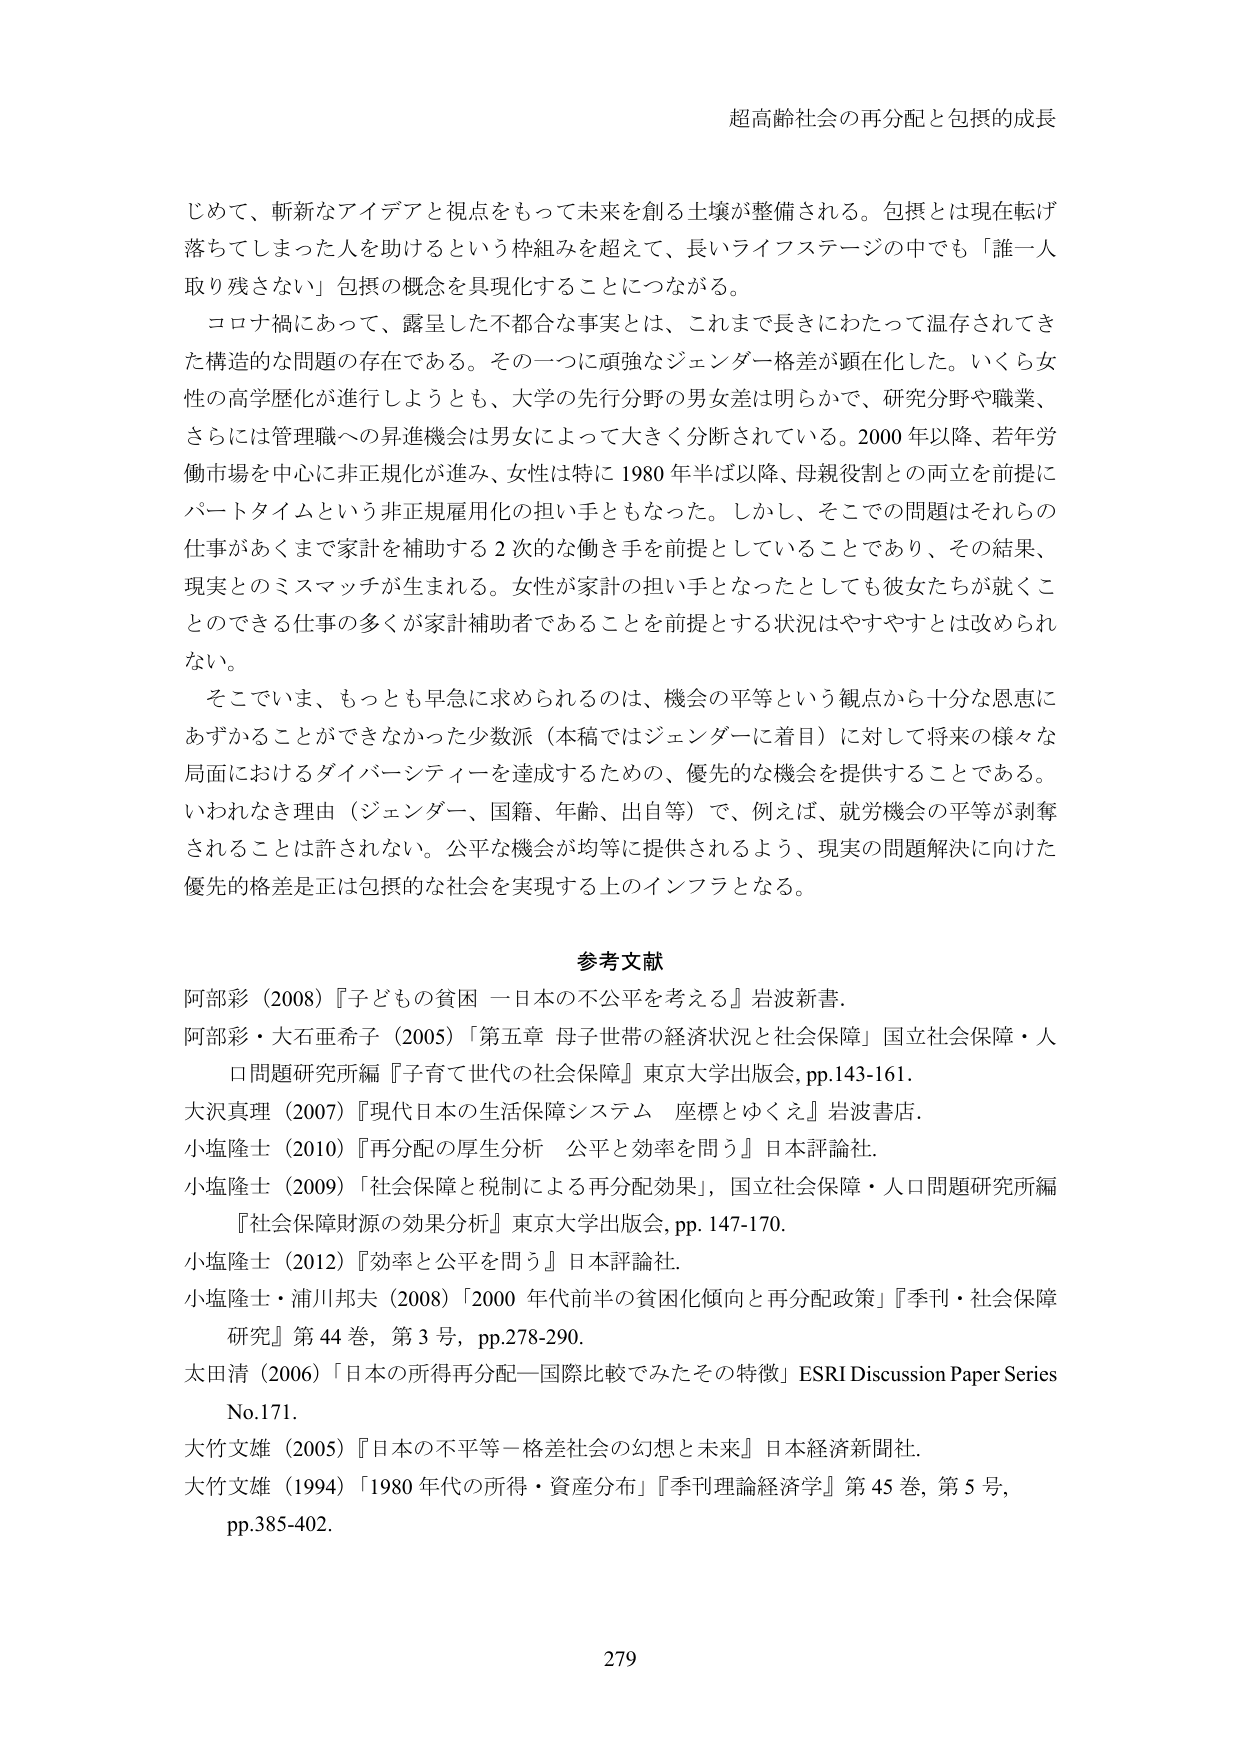
超高齢社会の再分配と包摂的成長

じめて、斬新なアイデアと視点をもって未来を創る土壌が整備される。包摂とは現在転げ落ちてしまった人を助けるという枠組みを超えて、長いライフステージの中でも「誰一人取り残さない」包摂の概念を具現化することにつながる。

コロナ禍にあって、露呈した不都合な事実とは、これまで長きにわたって温存されてきた構造的な問題の存在である。その一つに頑強なジェンダー格差が顕在化した。いくら女性の高学歴化が進行しようとも、大学の先行分野の男女差は明らかで、研究分野や職業、さらには管理職への昇進機会は男女によって大きく分断されている。2000年以降、若年労働市場を中心に非正規化が進み、女性は特に1980年半ば以降、母親役割との両立を前提にパートタイムという非正規雇用化の担い手ともなった。しかし、そこでの問題はそれらの仕事があくまで家計を補助する2次的な働き手を前提としていることであり、その結果、現実とのミスマッチが生まれる。女性が家計の担い手となったとしても彼女たちが就くことのできる仕事の多くが家計補助者であることを前提とする状況はやすやすとは改められない。

そこでいま、もっとも早急に求められるのは、機会の平等という観点から十分な恩恵にあずかることができなかった少数派（本稿ではジェンダーに着目）に対して将来の様々な局面におけるダイバーシティを達成するための、優先的な機会を提供することである。いわれなき理由（ジェンダー、国籍、年齢、出自等）で、例えば、就労機会の平等が剥奪されることは許されない。公平な機会が均等に提供されるよう、現実の問題解決に向けた優先的格差是正は包摂的な社会を実現する上のインフラとなる。

参考文献

阿部彩（2008）『子どもの貧困 ー日本の不公平を考える』岩波新書。

阿部彩・大石亜希子（2005）「第五章 母子世帯の経済状況と社会保障」国立社会保障・人口問題研究所編『子育て世代の社会保障』東京大学出版会, pp.143-161。

大沢真理（2007）『現代日本の生活保障システム 座標とゆくえ』岩波書店。

小塩隆士（2010）『再分配の厚生分析 公平と効率を問う』日本評論社。

小塩隆士（2009）「社会保障と税制による再分配効果」，国立社会保障・人口問題研究所編『社会保障財源の効果分析』東京大学出版会, pp. 147-170。

小塩隆士（2012）『効率と公平を問う』日本評論社。

小塩隆士・浦川邦夫（2008）「2000年代前半の貧困化傾向と再分配政策」『季刊・社会保障研究』第44巻，第3号，pp.278-290。

太田清（2006）「日本の所得再分配ー国際比較でみたその特徴」ESRI Discussion Paper Series No.171。

大竹文雄（2005）『日本の不平等ー格差社会の幻想と未来』日本経済新聞社。

大竹文雄（1994）「1980年代の所得・資産分布」『季刊理論経済学』第45巻，第5号，pp.385-402。

279